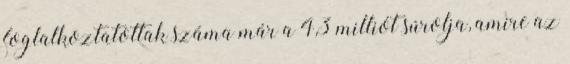
foglalkoztatottak száma már a 4,3 milliót súrolja, amire az